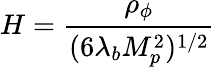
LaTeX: H={\frac{\rho_{\phi}}{(6\lambda_{b}M_{p}^{2})^{1/2}}}